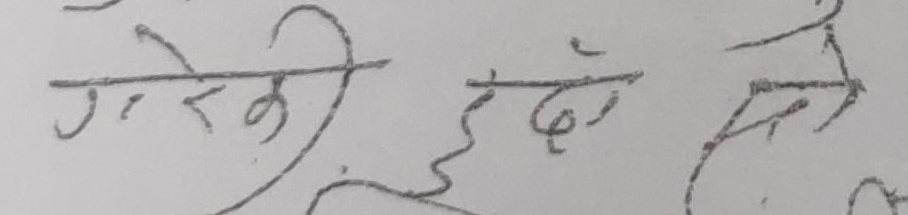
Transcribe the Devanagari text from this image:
गरेकी हुदा